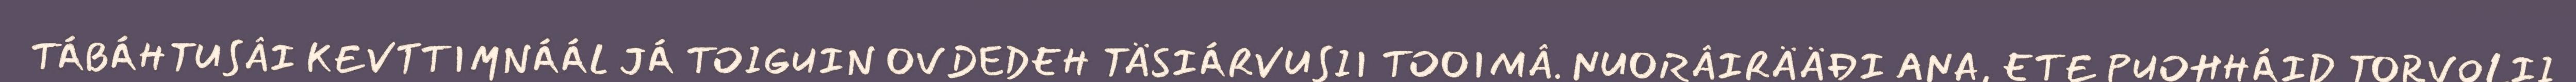
TÁBÁHTUSÂI KEVTTIMNÁÁL JÁ TOIGUIN OVDEDEH TÄSIÁRVUSII TOOIMÂ. NUORÂIRÄÄĐI ANA, ETE PUOHHÁID TORVOLII